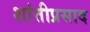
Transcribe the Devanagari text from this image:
शांतीप्रसाद